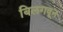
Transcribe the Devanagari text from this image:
बिलगवून